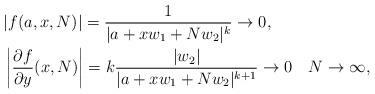
LaTeX: \begin{align*}\begin{aligned}&|f(a,x,N)|=\frac1{|a+xw_1+Nw_2|^k}\rightarrow 0,\\&\left|\frac{\partial f}{\partial y}(x,N)\right|=k\frac{|w_2|}{|a+xw_1+Nw_2|^{k+1}}\rightarrow 0 \quad N\to \infty,\end{aligned}\end{align*}